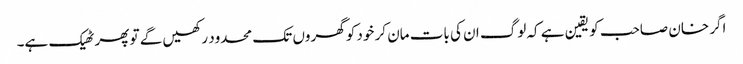
اگر خان صاحب کو یقین ہے کہ لوگ ان کی بات مان کر خود کو گھروں تک محدود رکھیں گے تو پھر ٹھیک ہے۔